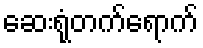
ဆေးရုံတက်ရောက်